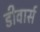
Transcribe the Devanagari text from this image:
डीवार्स